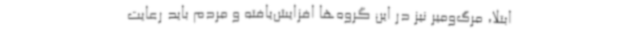
ابتلا، مرگ‌ومیر نیز در این گروه‌ها افزایش‌یافته و مردم باید رعایت